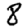
Digit: 8